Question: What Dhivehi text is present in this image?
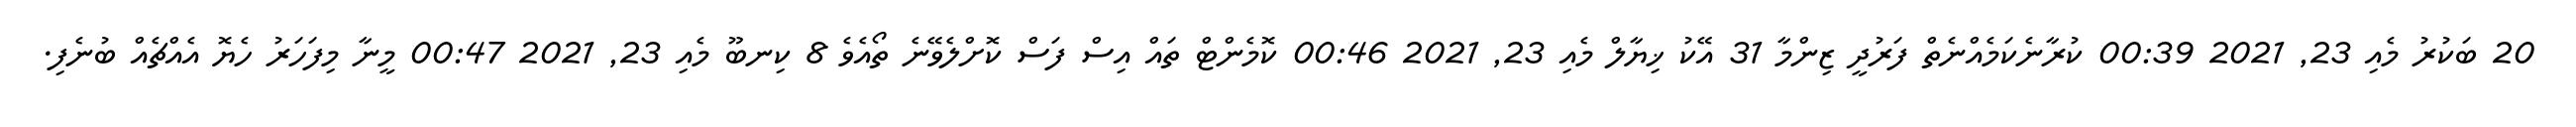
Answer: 20 ބަކުރު މެއި 23, 2021 00:39 ކުރާނެކަމެއްނެތް ފަރުދީ ޒިންމާ 31 އޭކު ޚިޔާލް މެއި 23, 2021 00:46 ކޮމެންޓް ތައް އިސް ފަސް ކޮށްލެވޭނެ ތޯއެވެ 8 ކިނބޫ މެއި 23, 2021 00:47 މީނާ މިފަހަރު ހެޔޮ އެއްޗެއް ބުނެފި.